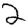
Digit: 2